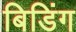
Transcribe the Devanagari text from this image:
बिडिंग